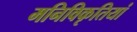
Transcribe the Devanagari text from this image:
मनिविकृतियां